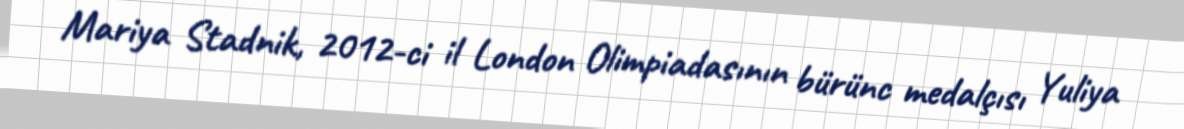
Mariya Stadnik, 2012-ci il London Olimpiadasının bürünc medalçısı Yuliya